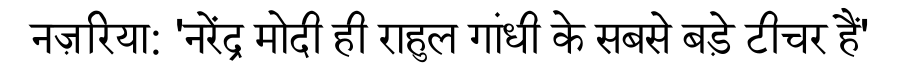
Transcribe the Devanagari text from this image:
नज़रिया: 'नरेंद्र मोदी ही राहुल गांधी के सबसे बड़े टीचर हैं'